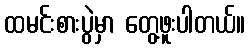
ထမင်းစားပွဲမှာ တွေ့ဖူးပါတယ်။